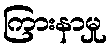
ကြားနာမှု